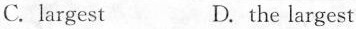
C. largest D.the largest